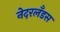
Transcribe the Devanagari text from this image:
नेदरलँडस